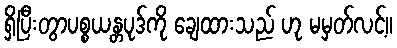
ရှိပြီးတွာပစ္စယန္တပုဒ်ကို ချေထားသည် ဟု မမှတ်လင့်။